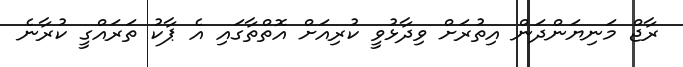
ރާޖް މަނިޔަންދަން އިތުރަށް ވިދާޅުވީ ކުރިއަށް އޮތްތާގައި އެ ޕާކު ތަރައްގީ ކުރާނެ